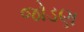
જોડણ